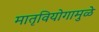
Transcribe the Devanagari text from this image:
मातृवियोगामुळे